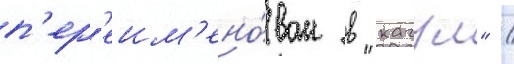
п'ер'еим'ено́ван в "кагул" /